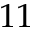
1 1